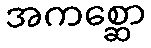
အကစ္ဆော